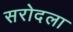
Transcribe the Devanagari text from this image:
सरोदला